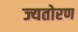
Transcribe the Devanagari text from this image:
ज्यतोरण